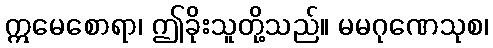
ဣမေစောရာ၊ ဤခိုးသူတို့သည်။ မမဂုဏေသုစ၊